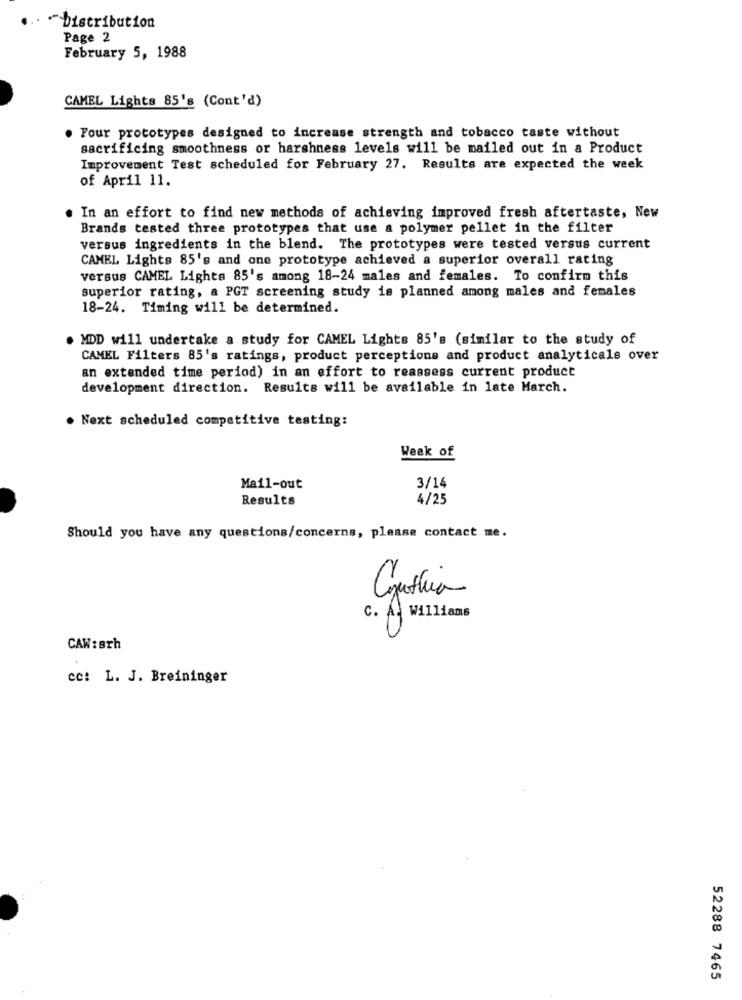
.. . "Distribution
Page 2
February 5, 1988
CAMEL Lights 85's (Cont'd)
Four prototypes designed to increase strength and tobacco taste without
sacrificing smoothness or harshness levels will be mailed out in a Product
Improvement Test scheduled for February 27. Results are expected the week
of April 11.
. In an effort to find new methods of achieving improved fresh aftertaste, New
Brands tested three prototypes that use a polymer pellet in the filter
versus ingredients in the blend. The prototypes were tested versus current
CAMEL Lights 85's and one prototype achieved a superior overall rating
versus CAMEL Lights 85's among 18-24 males and females. To confirm this
superior rating, a PGT screening study is planned among males and females
18-24. Timing will be determined.
MDD will undertake a study for CAMEL Lights 85's (similar to the study of
CAMEL Filters 85's ratings, product perceptions and product analyticals over
an extended time period) in an effort to reassess current product
development direction. Results will be available in late March.
. Next scheduled competitive testing:
Week of
Mail-out
3/14
Results
4/25
Should you have any questions/concerns, please contact me.
C. A. Williams
CAW:srh
cc: L. J. Breininger
52288 7465